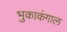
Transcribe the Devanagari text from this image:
भुकाकंगाल